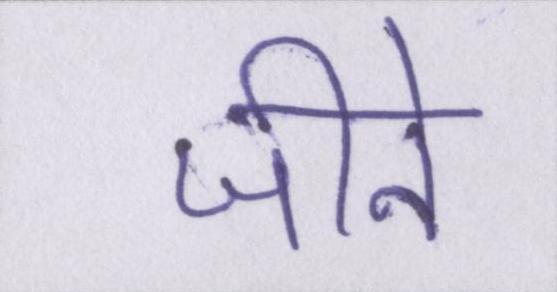
जीने